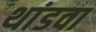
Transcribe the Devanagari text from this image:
थांडवा